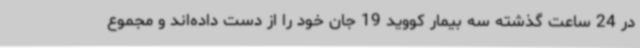
در 24 ساعت گذشته سه بیمار کووید 19 جان خود را از دست داده‌اند و مجموع